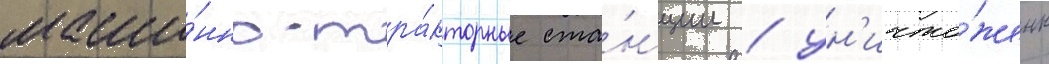
маши́нно-тра́кторные ста́нции / ун'ичто́жены